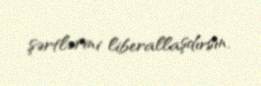
şərtlərini liberallaşdırsın.